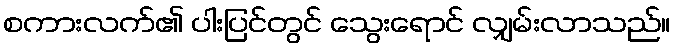
စကားလက်၏ ပါးပြင်တွင် သွေးရောင် လျှမ်းလာသည်။